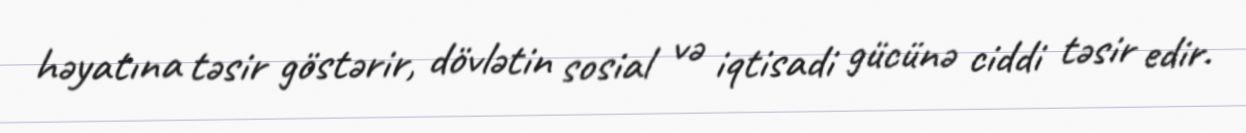
həyatına təsir göstərir, dövlətin sosial və iqtisadi gücünə ciddi təsir edir.